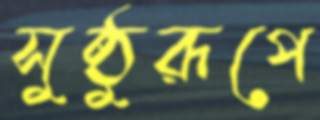
সুষ্ঠুরূপে